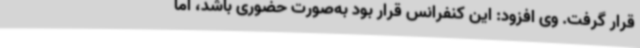
قرار گرفت. وی افزود: این کنفرانس قرار بود به‌صورت حضوری باشد، اما